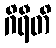
ဂိရီတိ